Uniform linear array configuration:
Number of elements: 4
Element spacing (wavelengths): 0.5
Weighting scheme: cosine
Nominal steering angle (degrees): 30
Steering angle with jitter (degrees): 31.003
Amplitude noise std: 0.05
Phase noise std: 0.05

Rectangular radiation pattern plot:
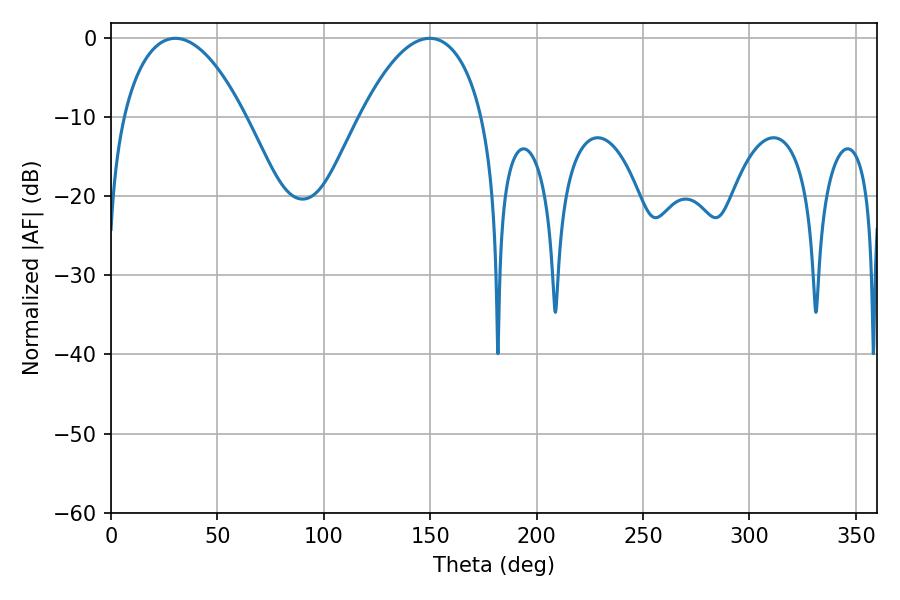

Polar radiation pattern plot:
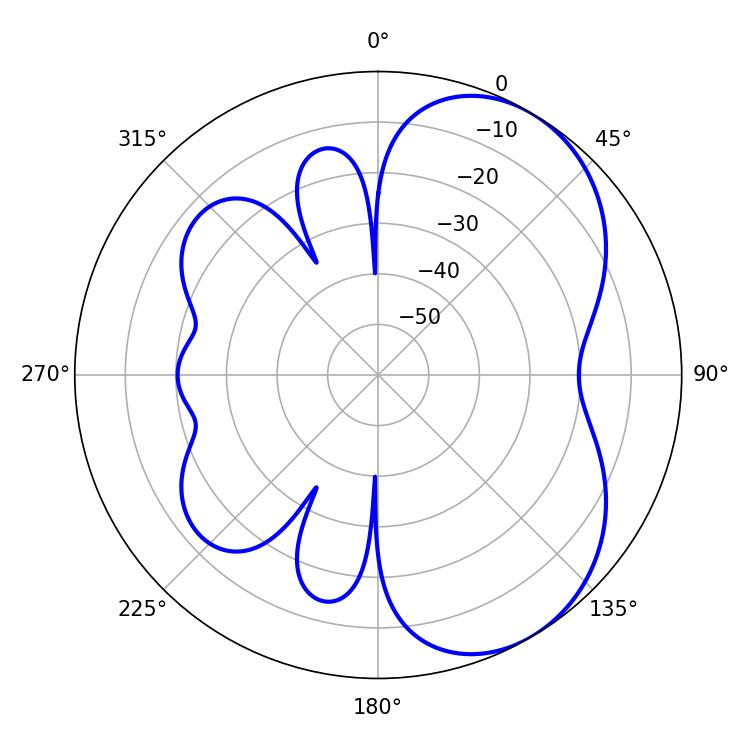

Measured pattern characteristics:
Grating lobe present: FALSE
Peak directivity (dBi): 5.279
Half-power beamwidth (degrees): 32.22
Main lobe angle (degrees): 30.24